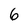
Character: 6